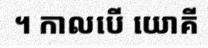
។ កាលបើ យោគី